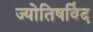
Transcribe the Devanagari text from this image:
ज्योतिषविंद